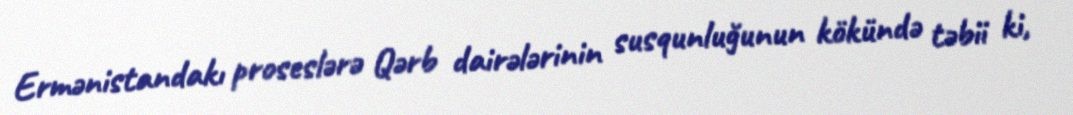
Ermənistandakı proseslərə Qərb dairələrinin susqunluğunun kökündə təbii ki,